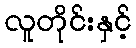
လူတိုင်းနှင့်